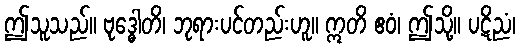
ဤသူသည်။ ဗုဒ္ဓေါတိ၊ ဘုရားပင်တည်းဟူ။ ဣတိ ဧဝံ၊ ဤသို့။ ပဋိညံ၊